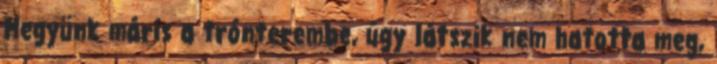
Megyünk máris a trónterembe, úgy látszik nem hatotta meg,